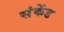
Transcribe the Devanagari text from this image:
संकेंड